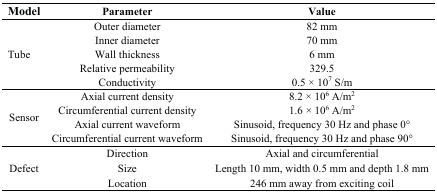
<table><thead><tr><td><b>Model</b></td><td><b>Parameter</b></td><td><b>Value</b></td></tr></thead><tbody><tr><td rowspan="5">Tube</td><td>Outer diameter</td><td>82 mm</td></tr><tr><td>Inner diameter</td><td>70 mm</td></tr><tr><td>Wall thickness</td><td>6 mm</td></tr><tr><td>Relative permeability</td><td>329.5</td></tr><tr><td>Conductivity</td><td>0.5 × 10<sup>7</sup> S/m</td></tr><tr><td rowspan="4">Sensor</td><td>Axial current density</td><td>8.2 × 10<sup>6</sup> A/m<sup>2</sup></td></tr><tr><td>Circumferential current density</td><td>1.6 × 10<sup>6</sup> A/m<sup>2</sup></td></tr><tr><td>Axial current waveform</td><td>Sinusoid, frequency 30 Hz and phase 0 °</td></tr><tr><td>Circumferential current waveform</td><td>Sinusoid, frequency 30 Hz and phase 90 °</td></tr><tr><td rowspan="3">Defect</td><td>Direction</td><td>Axial and circumferential</td></tr><tr><td>Size</td><td>Length 10 mm, width 0.5 mm and depth 1.8 mm</td></tr><tr><td>Location</td><td>246 mm away from exciting coil</td></tr></tbody></table>